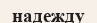
надежду